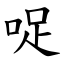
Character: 哫